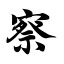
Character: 察